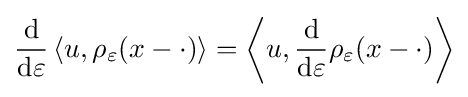
{\frac {\mathrm {d} }{\mathrm {d} \varepsilon }}\left\langle u,\rho _{\varepsilon }(x-\cdot )\right\rangle =\left\langle u,{\frac {\mathrm {d} }{\mathrm {d} \varepsilon }}\rho _{\varepsilon }(x-\cdot )\right\rangle